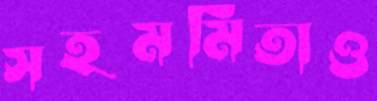
সহমর্মিতাও